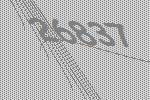
26837